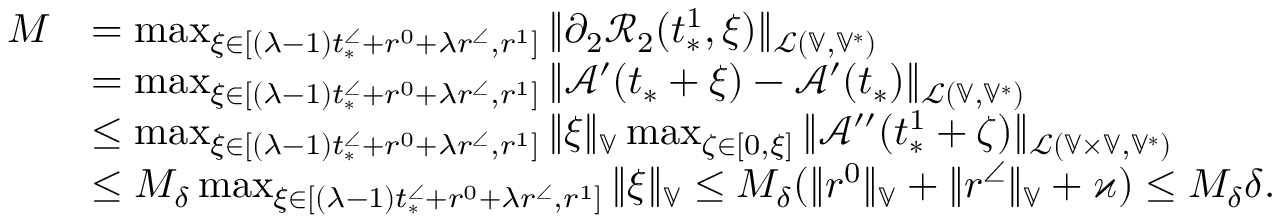
\begin{array} { r l } { M } & { = \operatorname* { m a x } _ { \xi \in [ ( \lambda - 1 ) t _ { * } ^ { \angle } + r ^ { 0 } + \lambda r ^ { \angle } , r ^ { 1 } ] } \| \partial _ { 2 } \mathcal { R } _ { 2 } ( t _ { * } ^ { 1 } , \xi ) \| _ { \mathcal { L } ( \mathbb { V } , \mathbb { V } ^ { * } ) } } \\ & { = \operatorname* { m a x } _ { \xi \in [ ( \lambda - 1 ) t _ { * } ^ { \angle } + r ^ { 0 } + \lambda r ^ { \angle } , r ^ { 1 } ] } \| \mathcal { A } ^ { \prime } ( t _ { * } + \xi ) - \mathcal { A } ^ { \prime } ( t _ { * } ) \| _ { \mathcal { L } ( \mathbb { V } , \mathbb { V } ^ { * } ) } } \\ & { \le \operatorname* { m a x } _ { \xi \in [ ( \lambda - 1 ) t _ { * } ^ { \angle } + r ^ { 0 } + \lambda r ^ { \angle } , r ^ { 1 } ] } \| \xi \| _ { \mathbb { V } } \operatorname* { m a x } _ { \zeta \in [ 0 , \xi ] } \| \mathcal { A } ^ { \prime \prime } ( t _ { * } ^ { 1 } + \zeta ) \| _ { \mathcal { L } ( \mathbb { V } \times \mathbb { V } , \mathbb { V } ^ { * } ) } } \\ & { \le M _ { \delta } \operatorname* { m a x } _ { \xi \in [ ( \lambda - 1 ) t _ { * } ^ { \angle } + r ^ { 0 } + \lambda r ^ { \angle } , r ^ { 1 } ] } \| \xi \| _ { \mathbb { V } } \le M _ { \delta } ( \| r ^ { 0 } \| _ { \mathbb { V } } + \| r ^ { \angle } \| _ { \mathbb { V } } + \varkappa ) \le M _ { \delta } \delta . } \end{array}